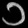
Digit: ၁